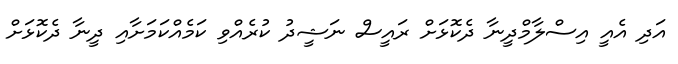
އަދި އެއީ އިސްލާމްދީނާ ދެކޮޅަށް ރައީސް ނަޝީދު ކުރެއްވި ކަމެއްކަމަށާއި ދީނާ ދެކޮޅަށް